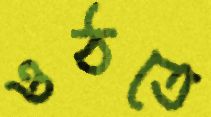
ওঠতে